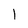
Character: 1